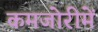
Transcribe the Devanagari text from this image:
कमजोरीमें